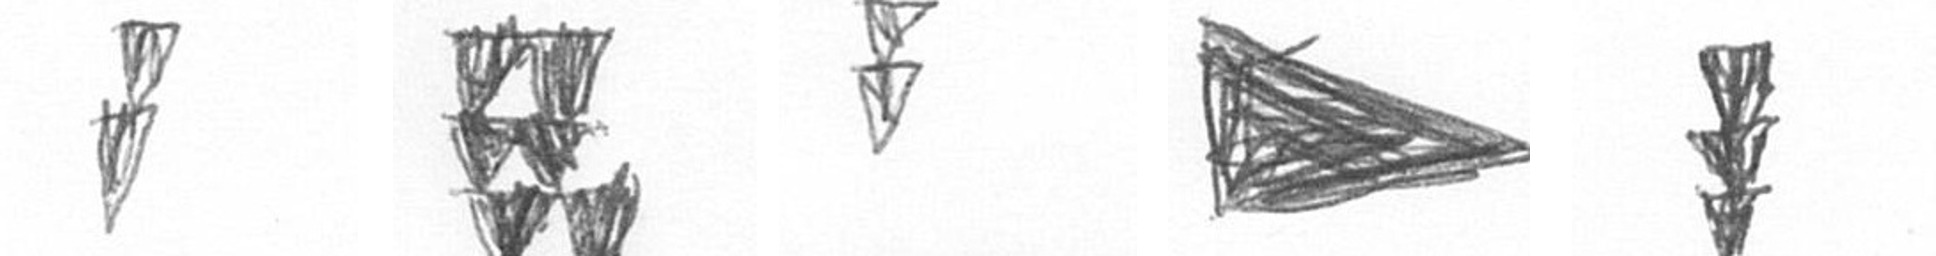
Z Y Z T E